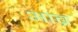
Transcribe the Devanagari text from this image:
आब्र